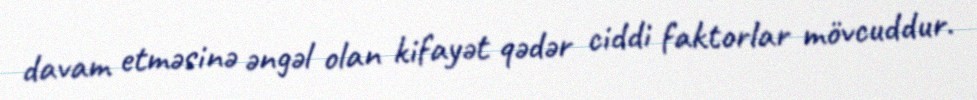
davam etməsinə əngəl olan kifayət qədər ciddi faktorlar mövcuddur.